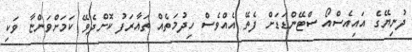
ދުނިޔޭގެ އައިއެސްއޯ ސްޓޭންޑަޑަށް ފެތޭ އެއްވެސް ހިދުމަތެއް ތައާރަފު ކޮށްދެވޭ ކަމަށްވަންޏާ ވަކި